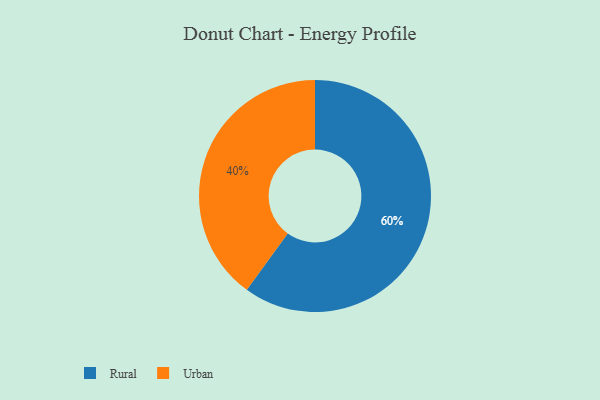
{"axis": {"x": "Category", "y": "Percentage"}, "legend": ["Rural", "Urban"], "data": [{"x": "Rural", "y": 60, "type": "Rural"}, {"x": "Urban", "y": 40, "type": "Urban"}]}